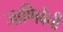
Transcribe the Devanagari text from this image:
जाणिवेची